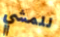
للمشي